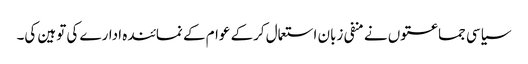
سیاسی جماعتوں نے منفی زبان استعمال کرکے عوام کے نمائندہ ادارے کی توہین کی۔